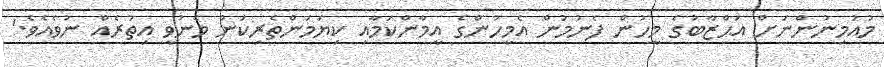
މުއުމިނުންނަށް އަޙްޒާބުގެ މީހުން ފެނުމުން އެމީހުންގެ އީމާންކަމާއި ކިޔަމަންތެރިކަން މެނުވީ އިތުރެއް ނުވެއެވެ.'